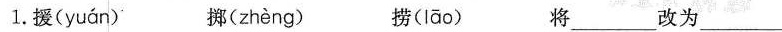
1.援( yuan ) 掷( zheng ) 捞( lao ) 将___改为___